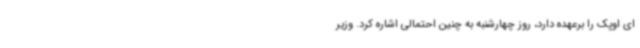
ای اوپک را برعهده دارد، روز چهارشنبه به چنین احتمالی اشاره کرد. وزیر